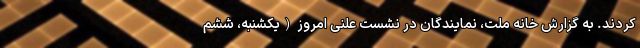
کردند. به گزارش خانه ملت، نمایندگان در نشست علنی امروز (یکشنبه، ششم